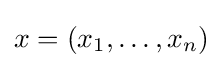
x=(x_{1},\ldots ,x_{n})